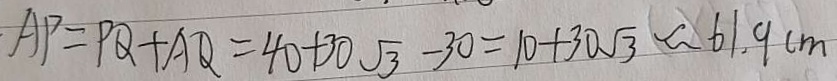
A P = P Q + A Q = 4 0 + 3 0 \sqrt { 3 } - 3 0 = 1 0 + 3 0 \sqrt { 3 } \approx 6 1 . 9 c m